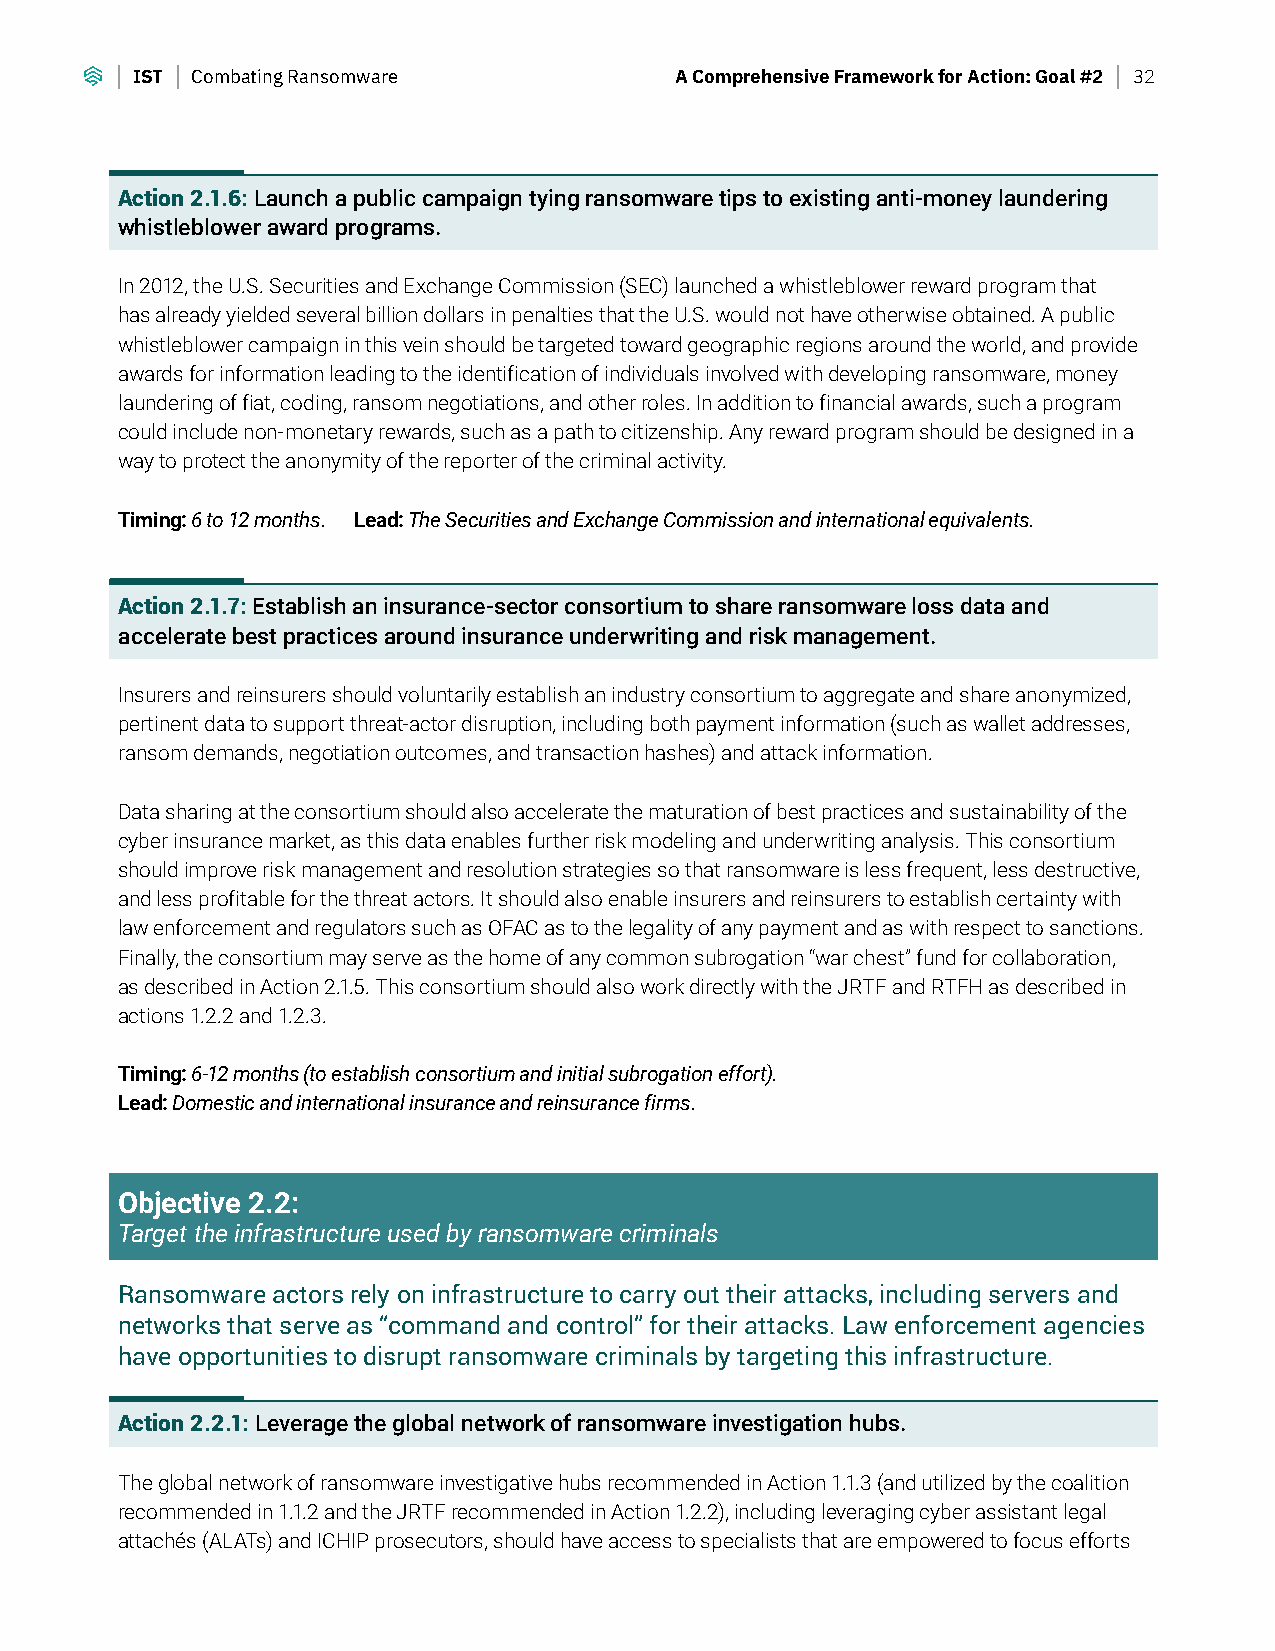
IST Combating Ransomware            A Comprehensive Framework for Action: Goal #2 32
 Action 2.1.6: Launch a public campaign tying ransomware tips to existing anti-money laundering
 whistleblower award programs.
 In 2012, the U.S. Securities and Exchange Commission (SEC) launched a whistleblower reward program that
 has already yielded several billion dollars in penalties that the U.S. would not have otherwise obtained. A public
 whistleblower campaign in this vein should be targeted toward geographic regions around the world, and provide
 awards for information leading to the identification of individuals involved with developing ransomware, money
 laundering of fiat, coding, ransom negotiations, and other roles. In addition to financial awards, such a program
 could include non-monetary rewards, such as a path to citizenship. Any reward program should be designed in a
 way to protect the anonymity of the reporter of the criminal activity.
 Timing: 6 to 12 months. Lead: The Securities and Exchange Commission and international equivalents.
 Action 2.1.7: Establish an insurance-sector consortium to share ransomware loss data and
 accelerate best practices around insurance underwriting and risk management.
 Insurers and reinsurers should voluntarily establish an industry consortium to aggregate and share anonymized,
 pertinent data to support threat-actor disruption, including both payment information (such as wallet addresses,
 ransom demands, negotiation outcomes, and transaction hashes) and attack information.
 Data sharing at the consortium should also accelerate the maturation of best practices and sustainability of the
 cyber insurance market, as this data enables further risk modeling and underwriting analysis. This consortium
 should improve risk management and resolution strategies so that ransomware is less frequent, less destructive,
 and less profitable for the threat actors. It should also enable insurers and reinsurers to establish certainty with
 law enforcement and regulators such as OFAC as to the legality of any payment and as with respect to sanctions.
 Finally, the consortium may serve as the home of any common subrogation “war chest” fund for collaboration,
 as described in Action 2.1.5. This consortium should also work directly with the JRTF and RTFH as described in
 actions 1.2.2 and 1.2.3.
 Timing: 6-12 months (to establish consortium and initial subrogation effort).
 Lead: Domestic and international insurance and reinsurance firms.
 Objective 2.2:
 Target the infrastructure used by ransomware criminals
 Ransomware actors rely on infrastructure to carry out their attacks, including servers and
 networks that serve as “command and control” for their attacks. Law enforcement agencies
 have opportunities to disrupt ransomware criminals by targeting this infrastructure.
 Action 2.2.1: Leverage the global network of ransomware investigation hubs.
 The global network of ransomware investigative hubs recommended in Action 1.1.3 (and utilized by the coalition
 recommended in 1.1.2 and the JRTF recommended in Action 1.2.2), including leveraging cyber assistant legal
 attachés (ALATs) and ICHIP prosecutors, should have access to specialists that are empowered to focus efforts